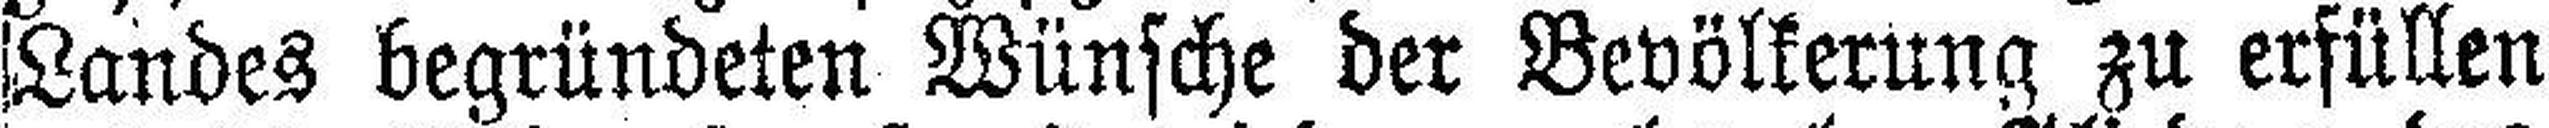
Landes begründeten Wünsche der Bevölkerung zu erfüllen